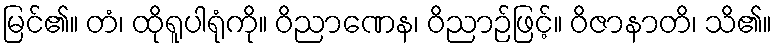
မြင်၏။ တံ၊ ထိုရူပါရုံကို။ ဝိညာဏေန၊ ဝိညာဉ်ဖြင့်။ ဝိဇာနာတိ၊ သိ၏။